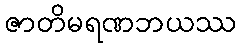
ဇာတိမရဏဘယဿ